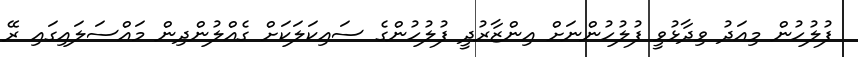
ފުލުހުން މިއަދު ވިދާޅުވީ ފުލުހުންނަށް އިންޒާރުދީ ފުލުހުންގެ ސައިކަލަކަށް ގެއްލުންދިން މައްސަލައިގައި ރޭ